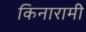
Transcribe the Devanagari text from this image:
किनारामी